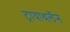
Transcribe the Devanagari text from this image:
ट्रायाथलॅन